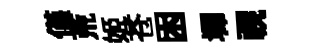
僅荒姬苍困墀視